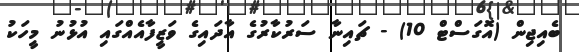
ބެއިޖިން (އޮގަސްޓް 10) - ޗައިނާ ސަރުކާރުގެ އާދައިގެ ވަޒީފާއެއްގައި އުޅުނު މީހަކު